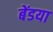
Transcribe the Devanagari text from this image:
बेंडया